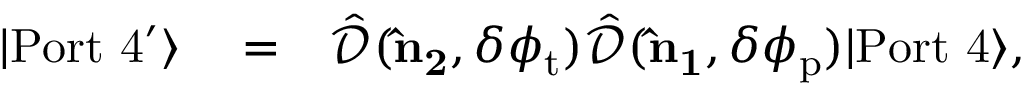
\begin{array} { r l r } { | \mathrm { P o r t \ 4 ^ { \prime } } \rangle } & { { } = } & { \hat { \mathcal { D } } ( { \bf \hat { n } _ { 2 } } , \delta \phi _ { \mathrm { t } } ) \hat { \mathcal { D } } ( { \bf \hat { n } _ { 1 } } , \delta \phi _ { \mathrm { p } } ) | \mathrm { P o r t \ 4 } \rangle , } \end{array}